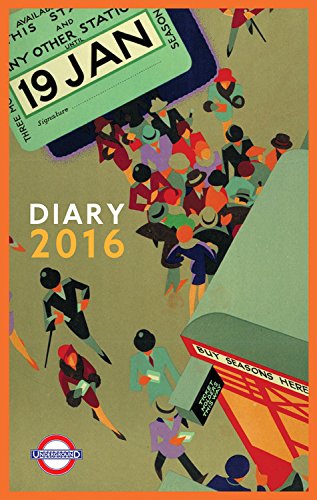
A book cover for London Underground Poster Diary 2016; London Underground; Crafts, Hobbies & Home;